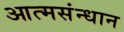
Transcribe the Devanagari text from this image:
आत्मसंन्धान